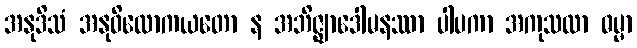
အနုဒိသံ အနုဝိလောကယတော န အဘိဇ္ဈာဒေါမနဿာ ပါပကာ အကုသလာ ဓမ္မာ